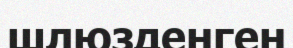
шлюзденген